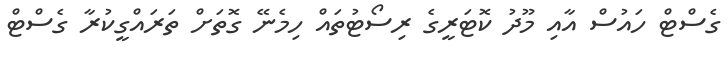
ގެސްޓް ހައުސް އާއި މޫދު ކޮޓަރީގެ ރިސޯޓުތައް ހިމެނޭ ގޮތަށް ތަރައްގީކުރާ ގެސްޓް